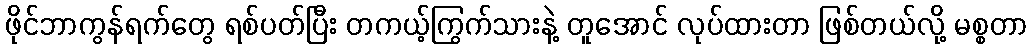
ဖိုင်ဘာကွန်ရက်တွေ ရစ်ပတ်ပြီး တကယ့်ကြွက်သားနဲ့ တူအောင် လုပ်ထားတာ ဖြစ်တယ်လို့ မစ္စတာ